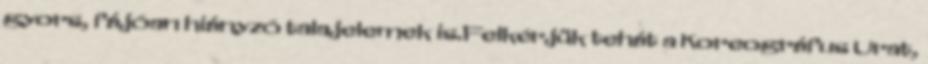
gyors, fájóan hiányzó talajelemek is.Felkérjük tehát a Koreográfus Urat,